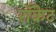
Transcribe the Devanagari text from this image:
राँकेट